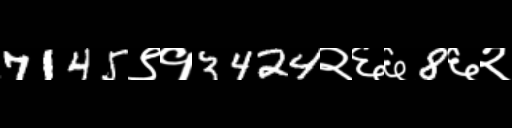
Text: 7145९१3424२६६8६२